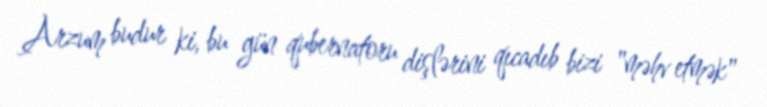
Arzum budur ki, bu gün qubernatoru dişlərini qıcadıb bizi "məhv etmək"